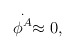
\begin{align*}\stackrel{.}{\phi ^A}\approx 0, \end{align*}